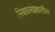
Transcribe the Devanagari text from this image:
निबंधसंग्रहातील